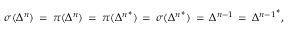
\sigma ( \Delta ^ { n } ) \, = \, \pi ( \Delta ^ { n } ) \, = \, \pi ( { \Delta ^ { n } } ^ { * } ) \, = \, \sigma ( { \Delta ^ { n } } ^ { * } ) \, = \, { \Delta } ^ { n - 1 } \, = \, { { \Delta } ^ { n - 1 } } ^ { * } ,